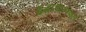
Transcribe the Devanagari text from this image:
शुद्धाचारणवाले